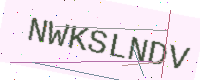
Text: NWKSLNDV